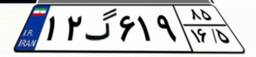
۲۴گ۴۸۳۸۹